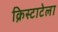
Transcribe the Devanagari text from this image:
क्रिस्टाटेला